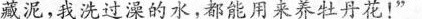
藏泥，我洗过澡的水，都能用来养牡丹花!”